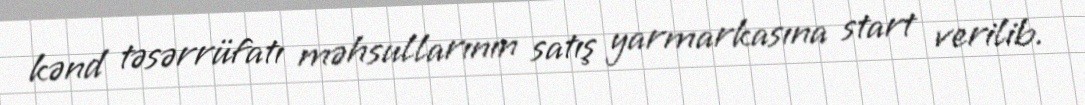
kənd təsərrüfatı məhsullarının satış yarmarkasına start verilib.